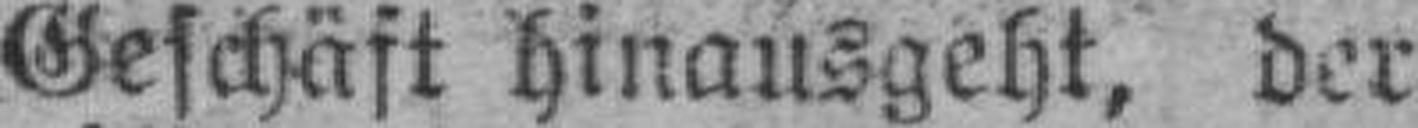
Geschäft hinausgeht, der